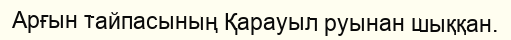
Арғын тайпасының Қарауыл руынан шыққан.